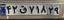
۴۲ق۷۱۸۲۹